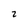
Character: 2